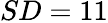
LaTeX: SD=11